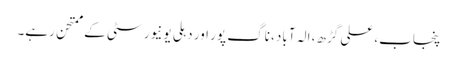
پنجاب، علی گڑھ، الہ آباد، ناگ پور اور دہلی یونیورسٹی کے ممتحن رہے۔